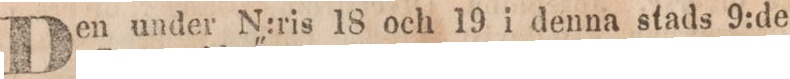
Den under N:ris 18 och 19 i denna stads 9:de